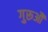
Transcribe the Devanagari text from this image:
गुरूऔं